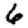
Digit: 6